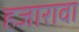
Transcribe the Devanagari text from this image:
हजारावा